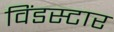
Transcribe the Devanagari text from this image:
विंडस्टार